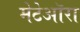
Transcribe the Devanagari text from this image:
मेटेऑरा